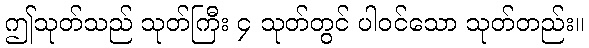
ဤသုတ်သည် သုတ်ကြီး ၄ သုတ်တွင် ပါဝင်သော သုတ်တည်း။